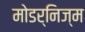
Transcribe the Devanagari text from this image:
मोडर्निज्म